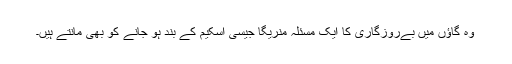
وہ گاؤں میں بےروزگاری کا ایک مسئلہ منریگا جیسی اسکیم کے بند ہو جانے کو بھی مانتے ہیں۔